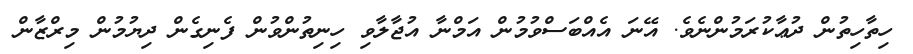
ހިތާހިތުން ދުޢާކުރަމުންނެވެ. އޭނަ އެއްބަސްވުމުން އަމްނާ އުޖާލާވި ހިނިތުންވުން ފެނިގެން ދިޔުމުން މިރްޒާން